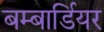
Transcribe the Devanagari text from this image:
बम्बार्डियर